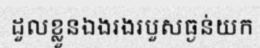
ដួលខ្លួនឯងរងរបួសធ្ងន់យក